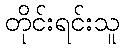
တိုင်းရင်းသူ